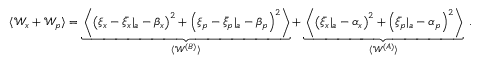
\begin{array} { r } { \langle \mathcal { W } _ { x } + \mathcal { W } _ { p } \rangle = \underbrace { \left\langle \left( \xi _ { x } - { \bar { \xi } _ { x } } | _ { a } - \beta _ { x } \right) ^ { 2 } + \left( \xi _ { p } - { \bar { \xi } _ { p } } | _ { a } - \beta _ { p } \right) ^ { 2 } \right\rangle } _ { \langle \mathcal { W } ^ { ( B ) } \rangle } + \underbrace { \left\langle \left( { \bar { \xi } _ { x } } | _ { a } - \alpha _ { x } \right) ^ { 2 } + \left( { \bar { \xi } _ { p } } | _ { a } - \alpha _ { p } \right) ^ { 2 } \right\rangle } _ { \langle \mathcal { W } ^ { ( A ) } \rangle } \; . } \end{array}